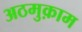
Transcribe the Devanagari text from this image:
अठमुक़ाम